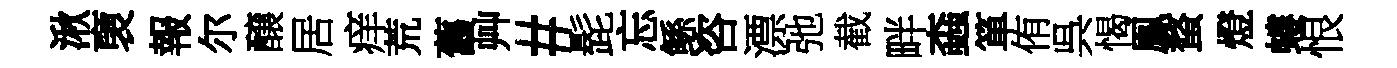
湫褏報尔醸居痒荒舊艸#髭忘鲧咨漂弛截畔螙箪侑呉愒鳯蝥燈螻恨